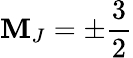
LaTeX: \mathbf{M}_{J}=\pm\frac{{3}}{{2}}